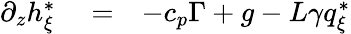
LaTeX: \begin{array}{rlr}{\partial_{z}h_{\xi}^{*}}&{{}=}&{-c_{p}\Gamma+g-L\gamma q_{\xi}^{*}}\end{array}